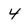
Character: 4